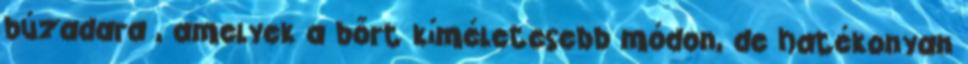
búzadara , amelyek a bőrt kíméletesebb módon, de hatékonyan